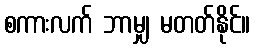
စကားလက် ဘာမျှ မတတ်နိုင်။